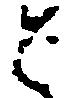
と